Report on vaccination North-West Frontier Province 1904-1922 - 1904-1922
Year: 1904
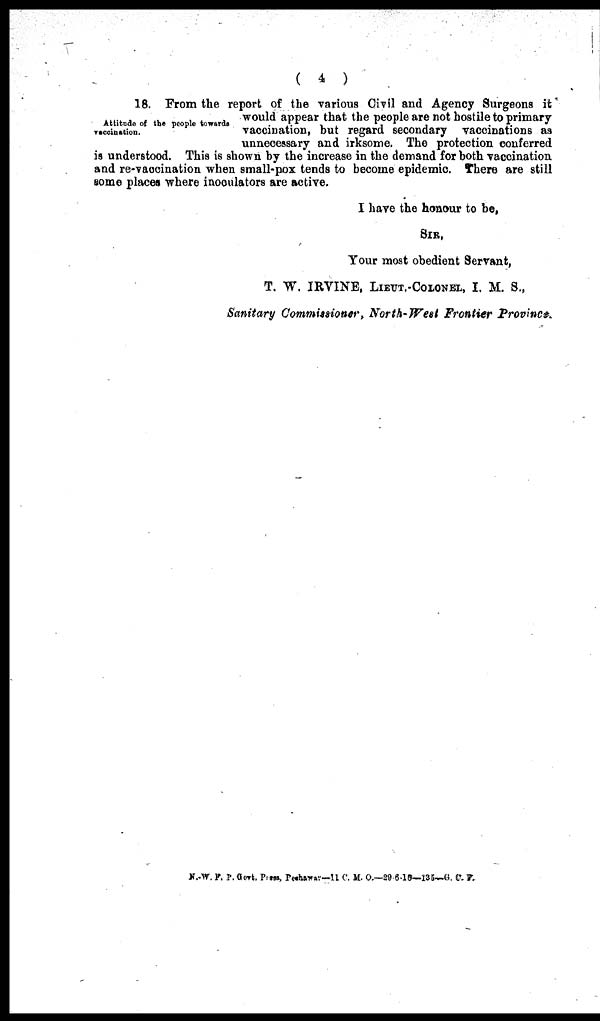
( 4 )
Attitude of the people towards
vaccination.
18. From the report of the various Civil and Agency Surgeons it
would appear that the people are not hostile to primary
vaccination, but regard secondary vaccinations as
unnecessary and irksome. The protection conferred
is understood. This is shown by the increase in the demand for both vaccination
and re-vaccination when small-pox tends to become epidemic. There are still
some places where inoculators are active.
I have the honour to be,
SIR,
Your most obedient Servant,
T. W. IRVINE, LIEUT.-COLONEL, I. M. S.,
Sanitary Commissioner, North-West Frontier Province.